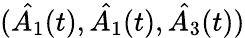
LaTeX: (\hat{A_{1}}(t),\hat{A_{1}}(t),\hat{A_{3}}(t))